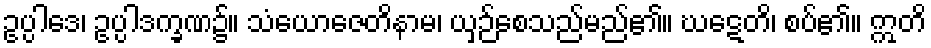
ဥပ္ပါဒေ၊ ဥပ္ပါဒက္ခဏ၌။ သံယောဇေတိနာမ၊ ယှဉ်စေသည်မည်၏။ ဃဋေတိ၊ စပ်၏။ ဣတိ